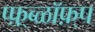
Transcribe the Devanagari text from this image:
प्फ़़्ब्ळॉफ़्प